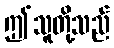
ဤသူတို့သည်